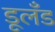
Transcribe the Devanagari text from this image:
डूलँड